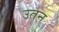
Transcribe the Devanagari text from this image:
उतन